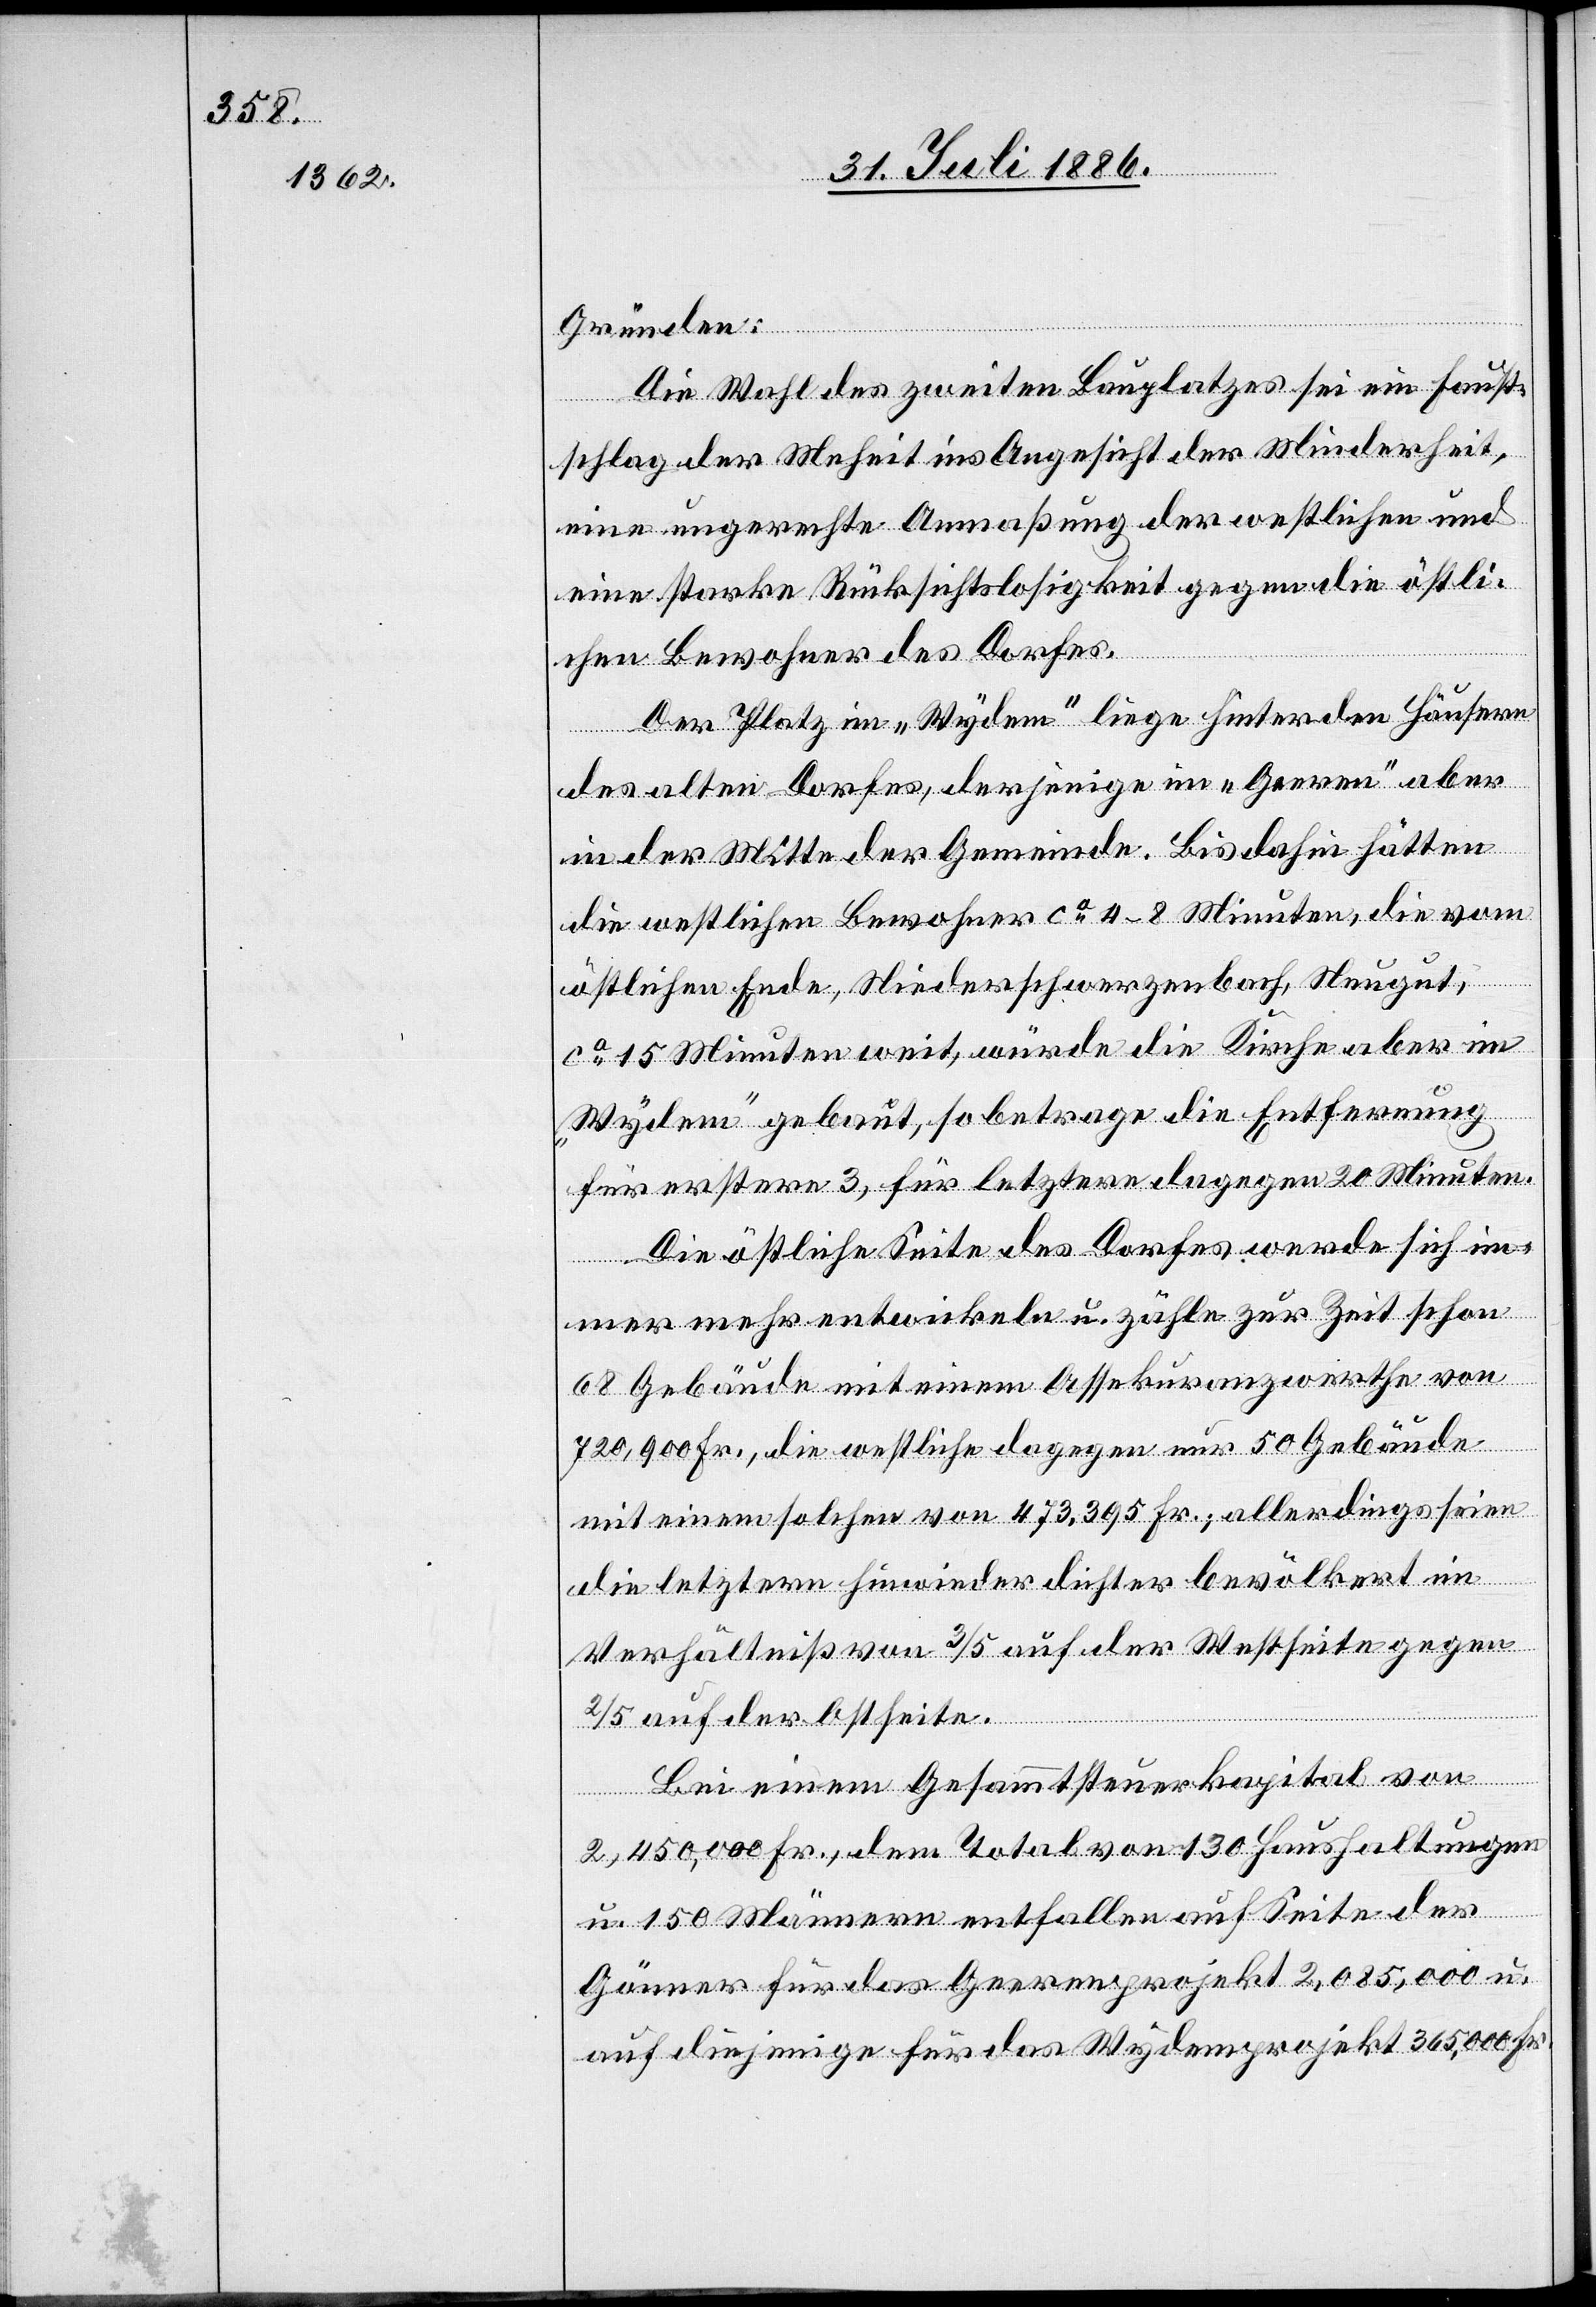
Gründen:
Die Wahl des zweiten Bauplatzes sei ein Faust¬
schlag der Meh[rh]eit ins Angesicht der Minderheit,
eine ungerechte Anmaßung der westlichen und
eine starke Rücksichtslosigkeit gegen die östli¬
chen Bewohner des Dorfes.
Der Platz im „Wydem“ liege hinter den Häusern
des alten Dorfes, derjenige im „Geren“ aber
in der Mitte der Gemeinde. Bis dahin hätten
die westlichen Bewohner ca 4–8 Minuten, die vom
östlichen Ende, Niederschwerzenbach, Neugut,
ca 15 Minuten weit, würde die Kirche aber im
„Wydem“ gebaut, so betrage die Entfernung
für erstere 3, für letztere dagegen 20 Minuten.
Die östliche Seite des Dorfes werde sich im¬
mer mehr entwickeln u. zählte zur Zeit schon
68 Gebäude mit einem Assekuranzwerthe von
720,900 Fr., die westliche dagegen nur 50 Gebäude
mit einem solchen von 473,395 Fr.; allerdings seien
die letztern hinwieder dichter bevölkert im
Verhältniß von 3/5 auf der Westseite gegen
2/5 auf der Ostseite.
Bei einem Gesammtsteuerkapital von
2,450,000 Fr., dem Total von 130 Haushaltungen
u. 150 Männern entfallen auf Seite der
Gönner für das Geerenprojekt 2,085,000 u.
auf diejenige für das Wydemprojekt 365,000 Fr.